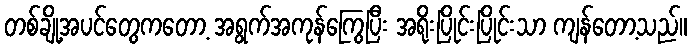
တစ်ချို့အပင်တွေကတော့ အရွက်အကုန်ကြွေပြီး အရိုးပြိုင်းပြိုင်းသာ ကျန်တော့သည်။